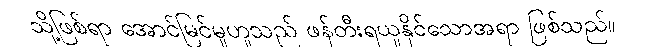
သို့ဖြစ်ရာ အောင်မြင်မှုဟူသည် ဖန်တီးရယူနိုင်သောအရာ ဖြစ်သည်။